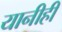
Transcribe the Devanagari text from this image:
यानीही